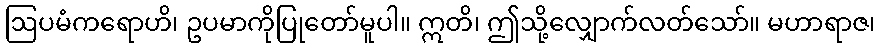
ဩပမံကရောဟိ၊ ဥပမာကိုပြုတော်မူပါ။ ဣတိ၊ ဤသို့လျှောက်လတ်သော်။ မဟာရာဇ၊